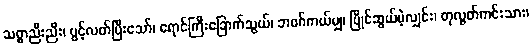
သစ္စာညီးညီး၊ ပွင့်လတ်ပြီးသော်၊ ရောင်ကြီးခြောက်သွယ်၊ ဘဝဂ်ကယ်မျှ၊ ပြိုင်ဆွယ်မဲ့လျှင်း၊ တုလွတ်ကင်းသား၊